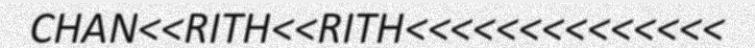
CHAN<<RITH<<RITH<<<<<<<<<<<<<<